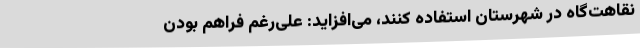
نقاهت‌گاه در شهرستان استفاده کنند، می‌افزاید: علی‌رغم فراهم بودن